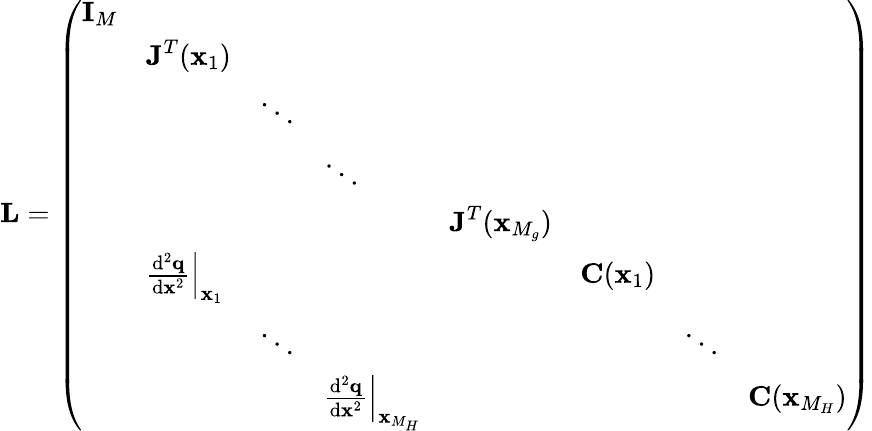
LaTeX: \textbf{L}=\left(\begin{array}{llllllll}{\textbf{I}_{M}}&&&&&&&\\ &{\textbf{J}^{T}(\textbf{x}_{1})}&&&&&&\\ &&{\ddots}&&&&&\\ &&&{\ddots}&&&&\\ &&&&{\textbf{J}^{T}(\textbf{x}_{M_{g}})}&&&\\ &{\left.\frac{\mathrm{d}^{2}\textbf{q}}{\mathrm{d}\textbf{x}^{2}}\right|_{\textbf{x}_{1}}}&&&&{\textbf{C}(\textbf{x}_{1})}&&\\ &&{\ddots}&&&&{\ddots}&\\ &&&{\left.\frac{\mathrm{d}^{2}\textbf{q}}{\mathrm{d}\textbf{x}^{2}}\right|_{\textbf{x}_{M_{H}}}}&&&&{\textbf{C}(\textbf{x}_{M_{H}})}\end{array}\right)